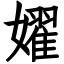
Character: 嬥